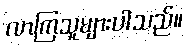
လာကြသူများပါသည်။